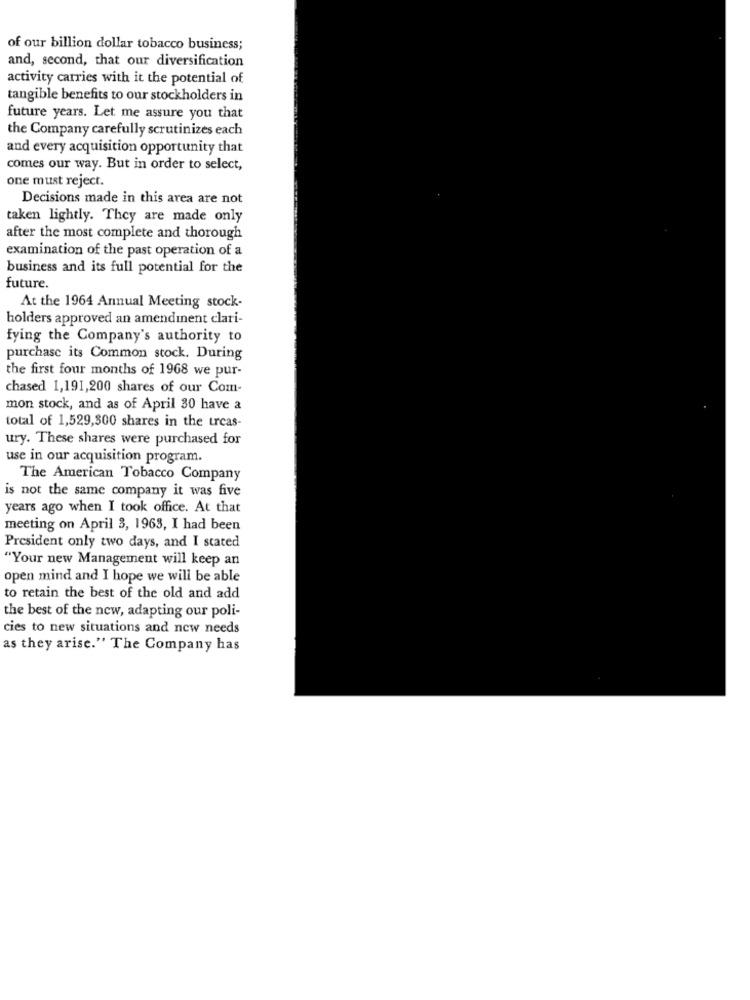
of our billion dollar tobacco business;
and, second, that our diversification
activity carries with it the potential of
tangible benefits to our stockholders in
future years. Let me assure you that
the Company carefully scrutinizes each
and every acquisition opportunity that
comes our way. But in order to select,
one must reject.
Decisions made in this area are not
taken lightly. They are made only
after the most complete and thorough
examination of the past operation of a
business and its full potential for the
future.
At the 1964 Annual Meeting stock-
holders approved an amendment clari-
fying the Company's authority to
purchase its Common stock. During
the first four months of 1968 we pur-
chased 1,191,200 shares of our Com-
mon stock, and as of April 30 have a
total of 1,529,300 shares in the treas-
ury. These shares were purchased for
use in our acquisition program.
The American Tobacco Company
is not the same company it was five
years ago when I took office. At that
meeting on April 3, 1963, I had been
President only two days, and I stated
"Your new Management will keep an
open mind and I hope we will be able
to retain the best of the old and add
the best of the new, adapting our poli-
cies to new situations and new needs
as they arise." The Company has